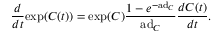
{ \frac { d } { d t } } \mathrm { e x p } ( C ( t ) ) = \mathrm { e x p } ( C ) { \frac { 1 - e ^ { - \mathrm { a d } _ { C } } } { \mathrm { a d } _ { C } } } { \frac { d C ( t ) } { d t } } .